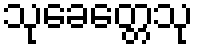
သုခေတ္တေသု